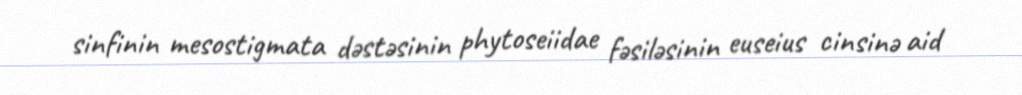
sinfinin mesostigmata dəstəsinin phytoseiidae fəsiləsinin euseius cinsinə aid